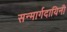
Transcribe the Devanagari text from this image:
सन्मार्गदायिनी